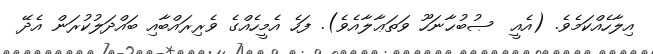
އިލާހެއްކަމެވެ. (އެއީ  ޞުބުޙާނަހޫ ވަތަޢާލާއެވެ). ފަހެ އެމީހެއްގެ ވެރިރައްބާއި ބައްދަލުކުރަން އެދޭ